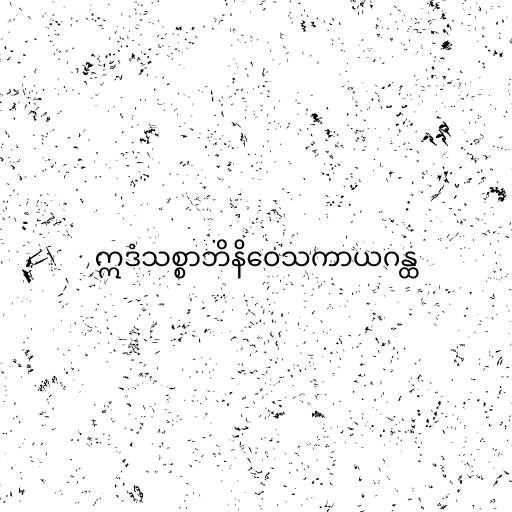
ဣဒံသစ္စာဘိနိဝေသကာယဂန္ထ